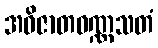
အဝိဇာတဝဏ္ဏသတံ